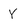
Character: Y